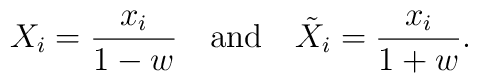
X_i = \frac{x_i}{1-w} {\rm ~~~and~~~}{\tilde X}_i = \frac{x_i}{1+w}.